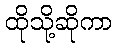
ထိုသို့ဆိုကာ